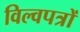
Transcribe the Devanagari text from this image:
विल्वपत्रों